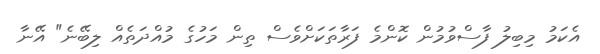
އެކަމު މިބިލު ފާސްވުމުން ކޮންމެ ފަރާތަކަށްވެސް ތިން މަހުގެ މުއްދަތެއް ލިބޭނެ" އޭނާ